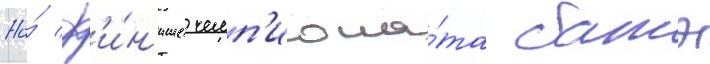
На́ ф'и́н'ише чемп'иона́та батэ